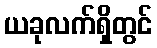
ယခုလက်ရှိတွင်